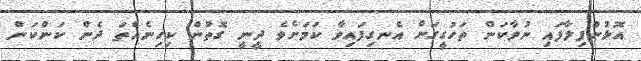
އޮޅުންފިލާފައި ނުވާކަން ތަހުގީގަށް އެނގިފައިވާ ކަމަށެވެ ދީނީ ގޮތުން ކިހިނެއްތަ ދެން ކަންކަން